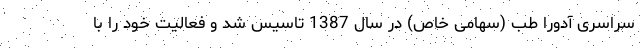
سراسری آدورا طب (سهامی خاص) در سال 1387 تاسیس شد و فعالیت خود را با